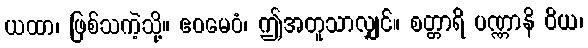
ယထာ၊ ဖြစ်သကဲ့သို့။ ဧဝမေဝံ၊ ဤအတူသာလျှင်။ စတ္တာရိ ပဏ္ဏာနိ ဝိယ၊